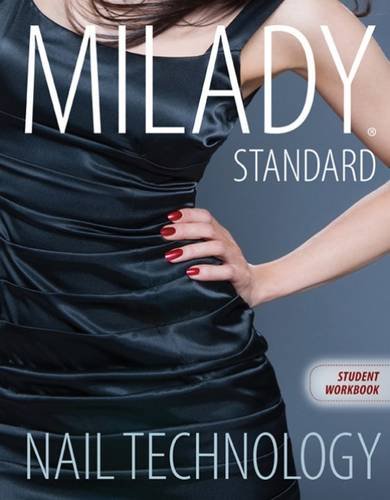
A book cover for Workbook for Milady Standard Nail Technology, 7th Edition; Milady; Health, Fitness & Dieting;